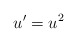
\begin{align*} u' = u^2 \end{align*}